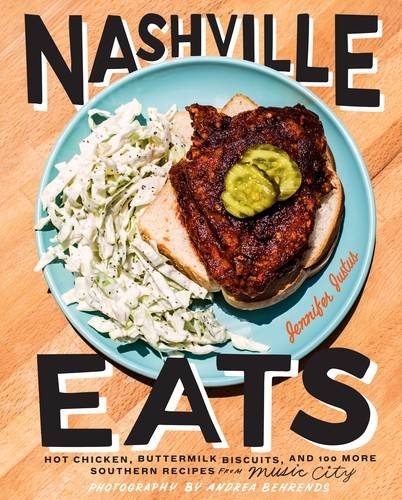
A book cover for Nashville Eats: Hot Chicken, Buttermilk Biscuits, and 100 More Southern Recipes from Music City; Jennifer Justus; Cookbooks, Food & Wine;